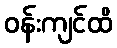
ဝန်းကျင်ထိ